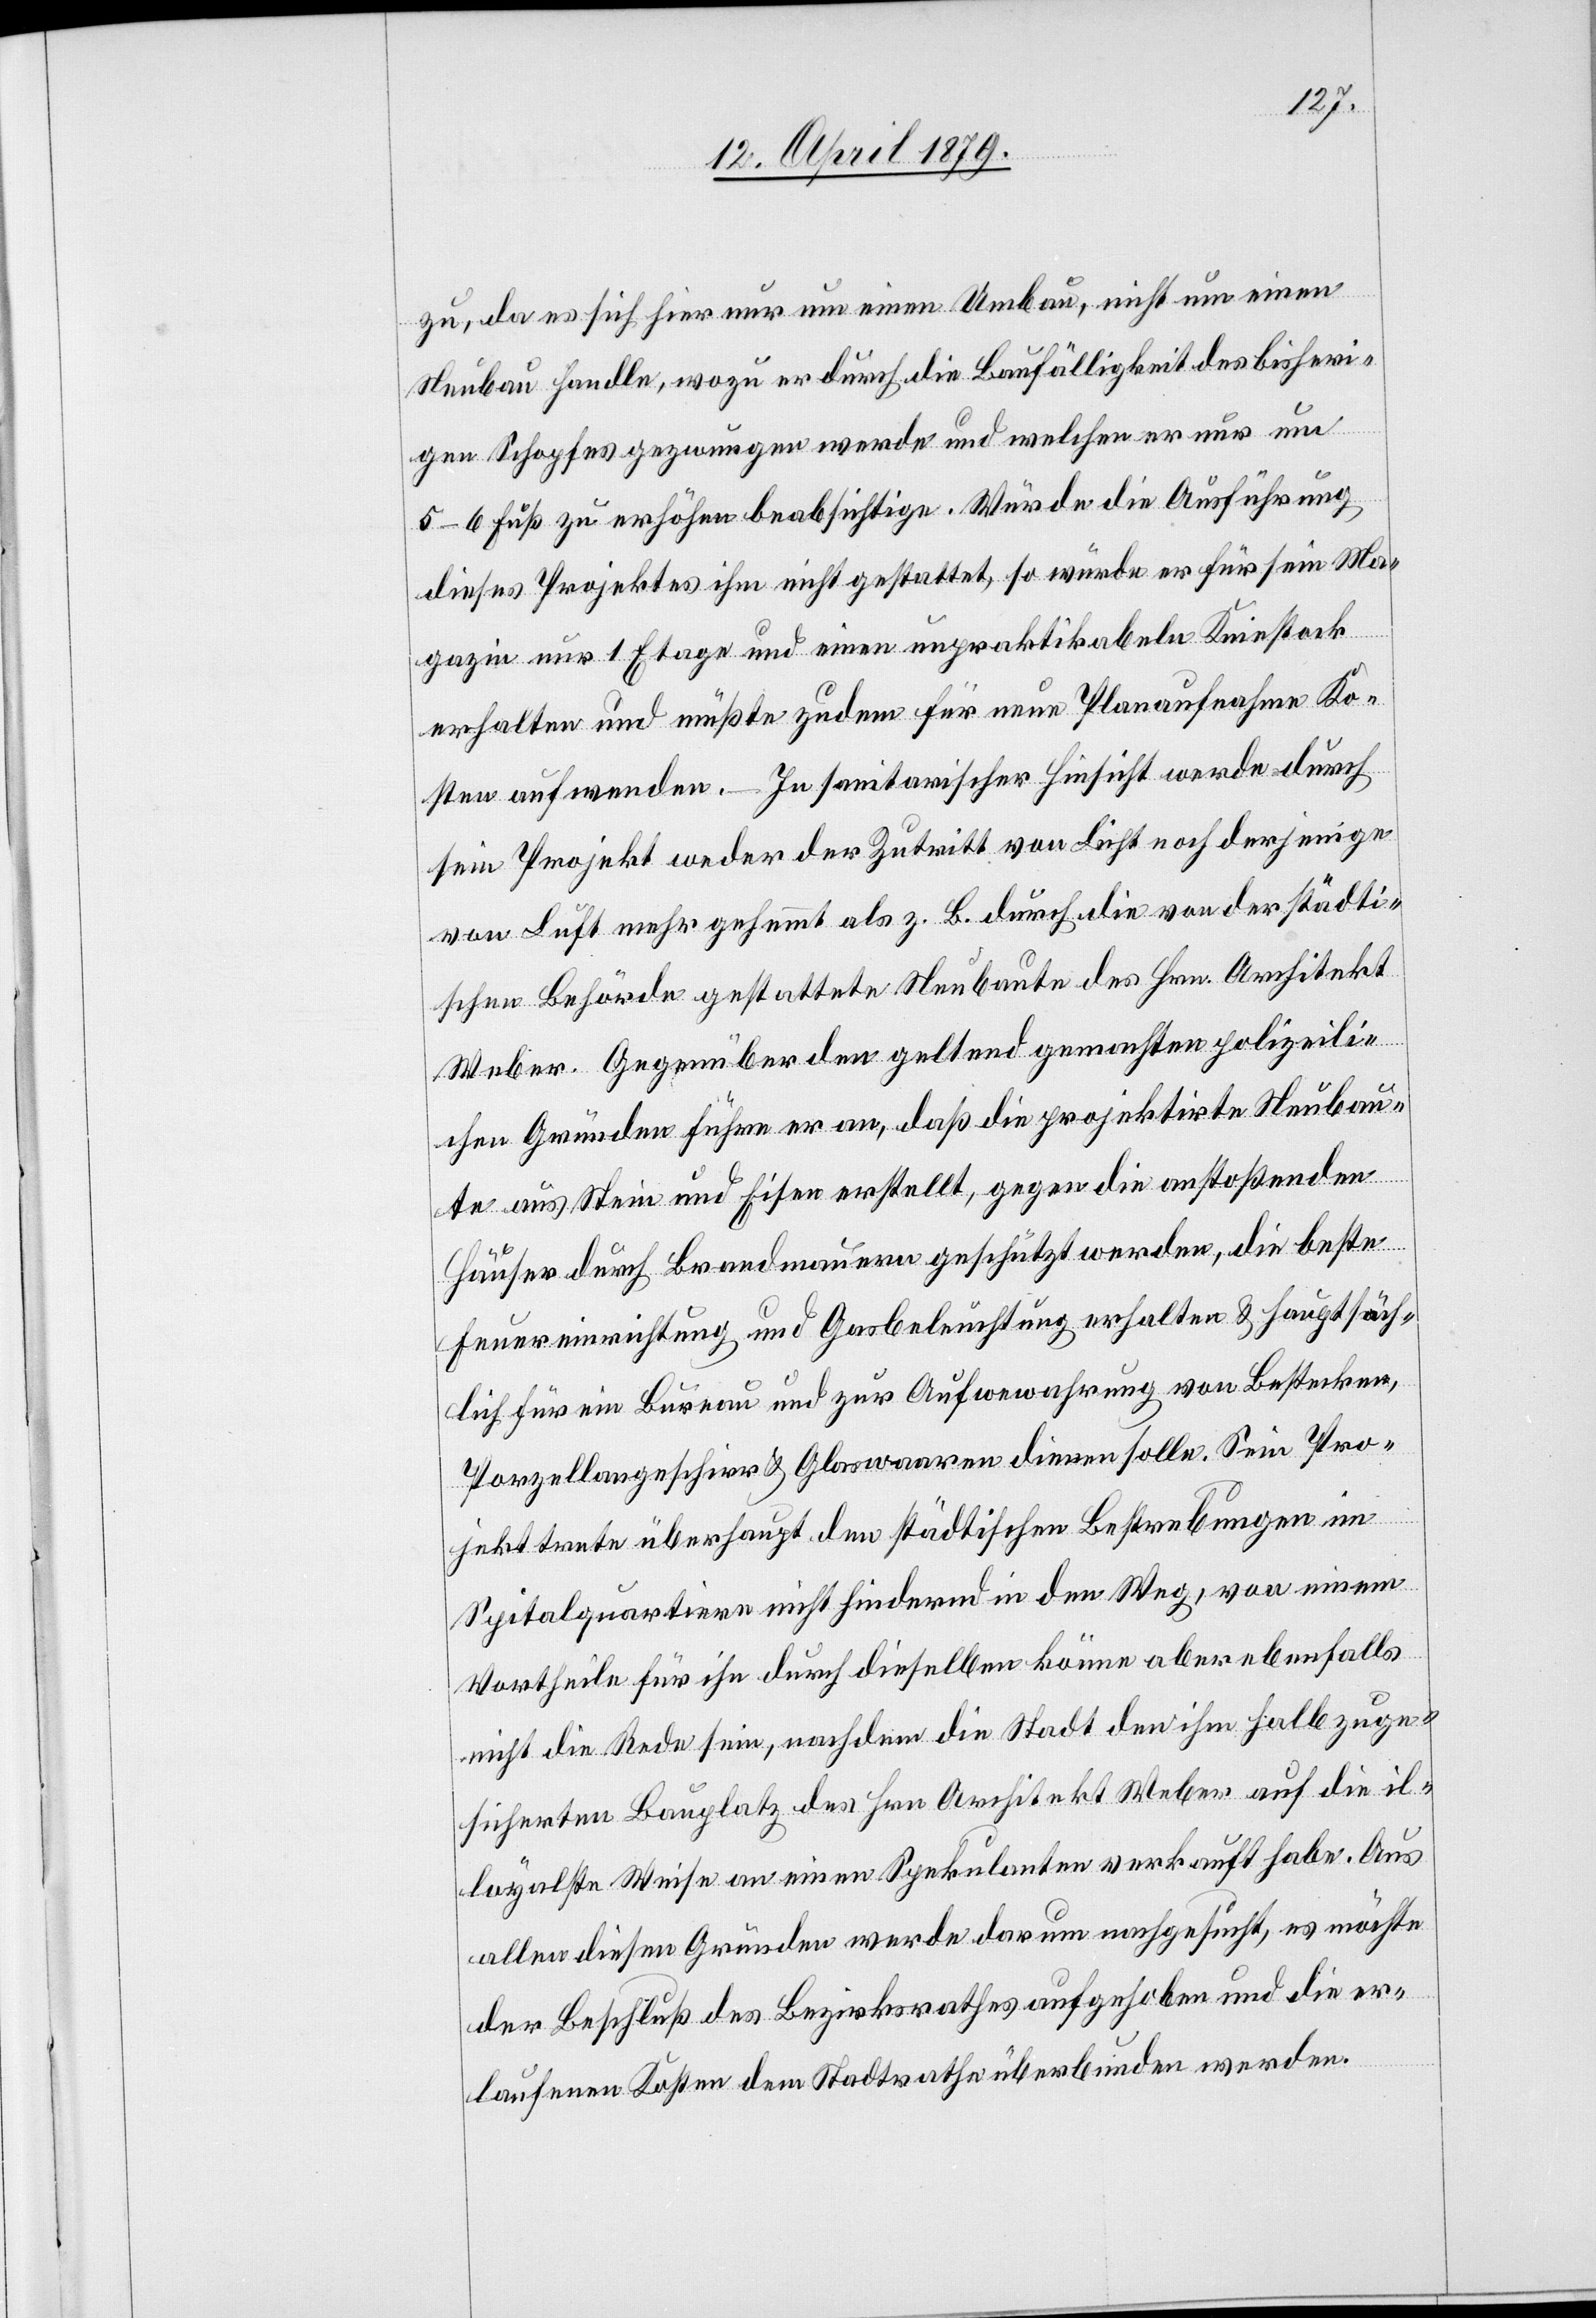
zu, da es sich hier nur um einen Umbau, nicht um einen
Neubau handle, wozu er durch die Baufälligkeit des bisheri¬
von
gen Schopfes gezwungen werde und welchen er nur um
5–6 Fuß zu erhöhen beabsichtige. Würde die Ausführung
dieses Projektes ihm nicht gestattet, so würde er für sein Ma¬
gazin nur 1 Etage und einen unpraktikabeln Kniestock
erhalten und müßte zudem für neue Planaufnahme Ko¬
sten aufwenden. – In sanitarischer Hinsicht werde durch
sein Projekt weder der Zutritt von Licht noch derjenige
von Luft mehr gehemmt als z. B. durch die von der städti¬
schen Behörde gestattete Neubaute des Hrn. Architekt
Weber. Gegenüber den geltend gemachten polizeili¬
chen Gründen führe er an, daß die projektirte Neubau¬
te aus Stein und Eisen erstellt, gegen die anstoßenden
Häuser durch Brandmauern geschützt werden, die beste
Feuereinrichtung und Gasbeleuchtung erhalten & hauptsäch¬
lich für ein Bureau und zur Aufwewahrung [recte:
Porzellangeschirr & Glaswaaren dienen solle. Sein Pro¬
jekt trete überhaupt den städtischen Bestrebungen im
Spitalquartiere nicht hindernd in den Weg, von einem
Vortheile für ihn durch dieselben könne aber ebenfalls
nicht die Rede sein, nachdem die Stadt den ihm halb zuge¬
sicherten Bauplatz des Hrn. Architekt Weber auf die il¬
loyalste Weise an einen Spekulanten verkauft habe. Aus
allen diesen Gründen werde darum nachgesucht, es möchte
der Beschluß des Bezirksrathes aufgehoben und die er¬
laufenen Kosten dem Stadtrathe überbunden werden.